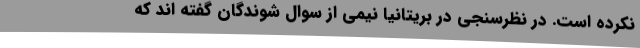
نکرده است. در نظرسنجی در بریتانیا نیمی از سوال شوندگان گفته اند که